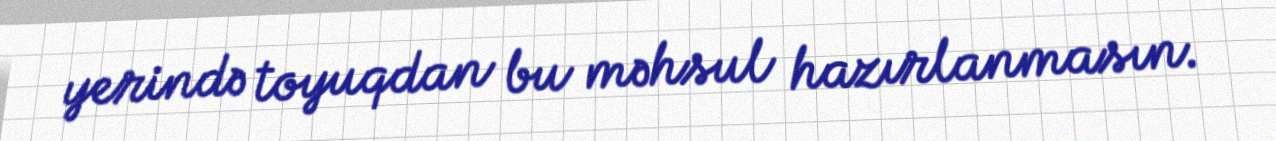
yerində toyuqdan bu məhsul hazırlanmasın.